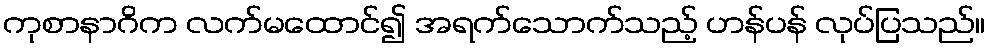
ကုစာနာဂိက လက်မထောင်၍ အရက်သောက်သည့် ဟန်ပန် လုပ်ပြသည်။